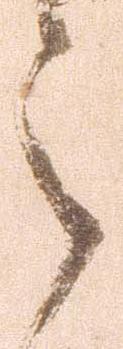
之